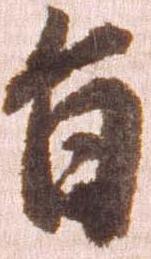
旨